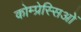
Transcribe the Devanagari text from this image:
कोम्प्रेस्सिओं